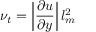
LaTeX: \nu _ { t } = \left| { \frac { \partial u } { \partial y } } \right| l _ { m } ^ { 2 }